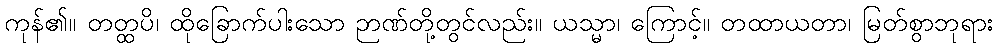
ကုန်၏။ တတ္ထပိ၊ ထိုခြောက်ပါးသော ဉာဏ်တို့တွင်လည်း။ ယသ္မာ၊ ကြောင့်။ တထာယတာ၊ မြတ်စွာဘုရား